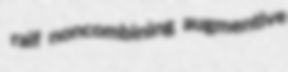
raif noncombining augmentive